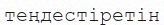
теңдестіретін